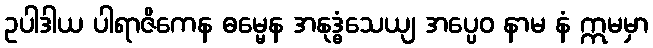
ဥပါဒါယ ပါရာဇိကေန ဓမ္မေန အနုဒ္ဓံသေယျ အပ္ပေဝ နာမ နံ ဣမမှာ